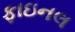
ફાઇનલ